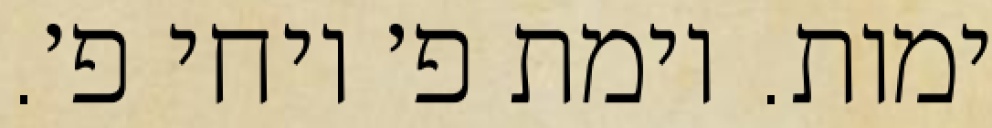
ימות. וימת פ׳ ויחי פ׳.